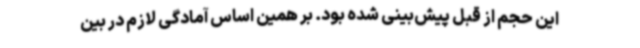
این حجم از قبل پیش‌بینی شده بود. بر همین اساس آمادگی لازم در بین